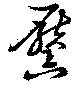
黶